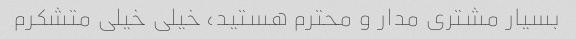
بسیار مشتری مدار و محترم هستید، خیلی خیلی متشکرم